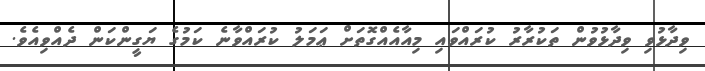
ވިދާޅުވި ވިދާޅުވުން ތަކުރާރު ކުރައްވައި މިއާއެއްގޮތަށް ޢަމަލު ކުރައްވާނެ ކަމުގެ ޔަގީންކަން ދެއްވިއެވެ.